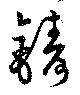
鋳